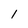
Character: 1